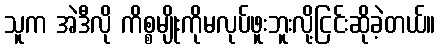
သူက အဲဒီလို ကိစ္စမျိုးကိုမလုပ်ဖူးဘူးလို့ငြင်းဆိုခဲ့တယ်။